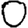
Digit: 0